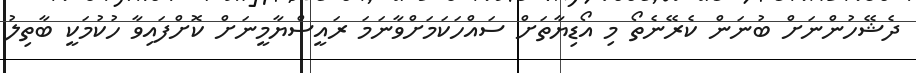
ދެޝޭހުންނަށް ބުނަން ކެރޭނެތޯ މި އޯޑިޔާތަށް ސައްހަކަމަށްވާނަމަ ރައީސްޔާމީނަށް ކޮށްފައިވާ ހުކުމަކީ ބާތިލު